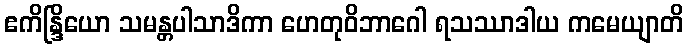
ဧကိန္ဒြိယော သမန္တပါသာဒိကာ ဟေတုဝိဘာဂေါ ရသဿာဒါယ ကမေယျာတိ